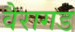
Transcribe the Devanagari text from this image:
वैरागड